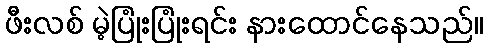
ဖီးလစ် မဲ့ပြုံးပြုံးရင်း နားထောင်နေသည်။